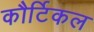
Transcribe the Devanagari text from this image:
कौर्टिकल